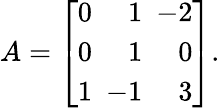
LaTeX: A=\left[{\begin{array}{rrr}{0}&{1}&{\! \! \! -2}\\ {0}&{1}&{0}\\ {1}&{\! \! \! -1}&{3}\end{array}}\right].